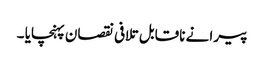
پیرا نے ناقابل تلافی نقصان پہنچایا ۔